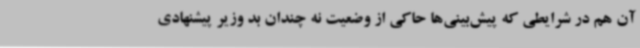
آن هم در شرایطی که پیش‌بینی‌ها حاکی از وضعیت نه چندان بد وزیر پیشنهادی